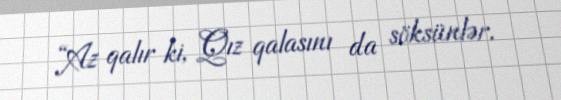
“Az qalır ki, Qız qalasını da söksünlər.